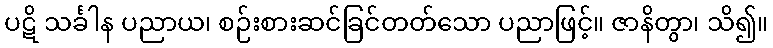
ပဋိ သင်္ခါန ပညာယ၊ စဉ်းစားဆင်ခြင်တတ်သော ပညာဖြင့်။ ဇာနိတွာ၊ သိ၍။